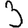
Digit: 3